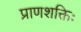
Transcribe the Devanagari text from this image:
प्राणशक्तिः